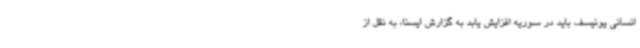
انسانی یونیسف باید در سوریه افزایش یابد به گزارش ایسنا، به نقل از